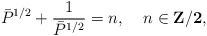
\begin{align*}\bar{P}^{1/2}+\frac{1}{\bar{P}^{1/2}}=n ,\;\;\;\; n \in \bf{Z}/2 ,\end{align*}